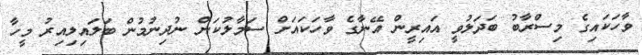
ވާހަކައިގެ މިސްރާބު ބަދަލުވީ އައިރީން އޭނާގެ ވާހަކައަށް ސަމާލުކަން ނުދިނުމުން ބަލައިލިއިރު މީހާ